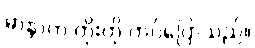
မာနာက တိုးတို ကပ်ပြောသည်။